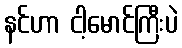
နင်ဟာ ငါ့မောင်ကြီးပဲ